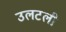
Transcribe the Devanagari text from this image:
उलटली